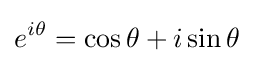
e^{i\theta }=\cos {\theta }+i\sin {\theta }\